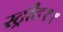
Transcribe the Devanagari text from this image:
स्ट्रीट११